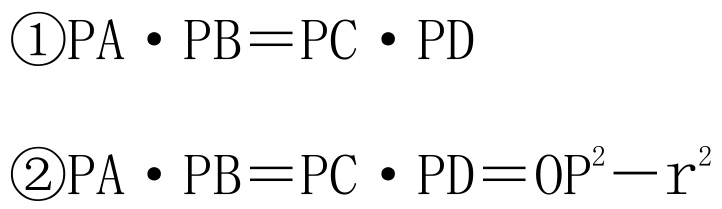
\begin{enumerate}
\item \(PA\cdot PB = PC\cdot PD\)
\item \(PA\cdot PB = PC\cdot PD=OP^{2}-r^{2}\)
\end{enumerate}